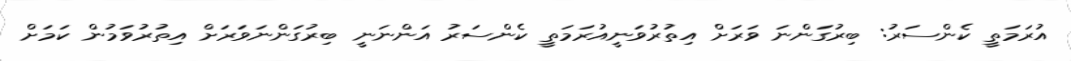
އުރަމަތީ ކެންސަރު: ބިރުގަންނަ ވަރަށް އިތުރުވަނީއުރަމަތީ ކެންސަރު އަންނަނީ ބިރުގަންނަވަރަށް އިތުރުވަމުން ކަމަށް